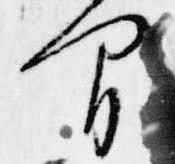
間